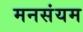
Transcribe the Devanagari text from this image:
मनसंयम